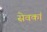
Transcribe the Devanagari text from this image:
सेवकां